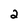
Character: 2